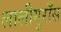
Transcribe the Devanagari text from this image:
लालीगुराँस